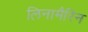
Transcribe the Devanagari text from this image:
लिनामैरिन